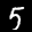
Label: 5